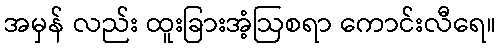
အမှန် လည်း ထူးခြားအံ့ဩစရာ ကောင်းလီရေ။